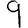
Digit: 9